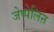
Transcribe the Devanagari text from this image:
जेप्पेलिऩ